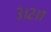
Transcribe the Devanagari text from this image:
३।२।१